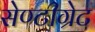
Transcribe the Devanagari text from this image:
सेण्टीग्रेट